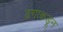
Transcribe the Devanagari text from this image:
ढगाकडून